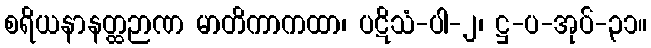
စရိယနာနတ္ထဉာဏ မာတိကာကထာ၊ ပဋိသံ-ပါ-၂၊ ဋ္ဌ-ပ-အုပ်-၃၁။